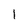
Character: 1